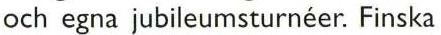
och egna jubileumsturnéer. Finska